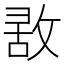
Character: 𢽤